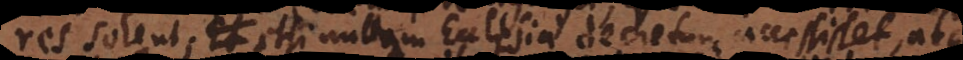
res solent, etsi nullum Ecclesiae decretum accessisset, atque